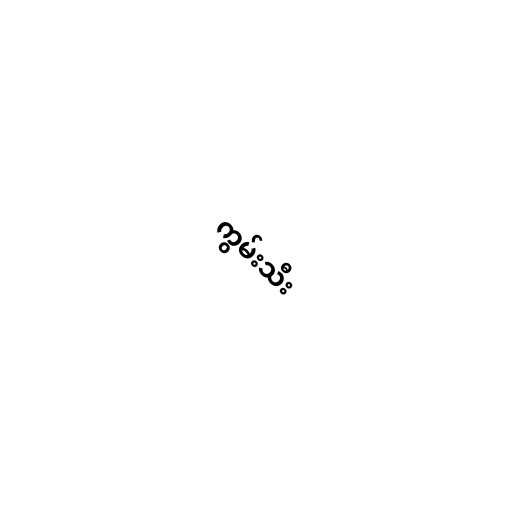
ကွမ်းသီး